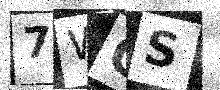
Text: 7WOS